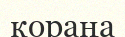
қораңа